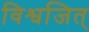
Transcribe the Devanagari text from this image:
विश्वजित्‌